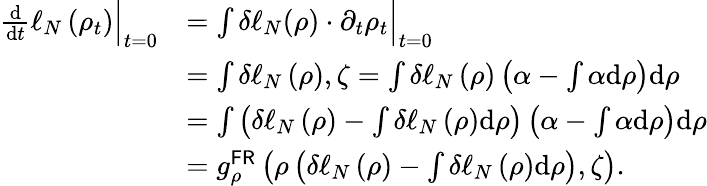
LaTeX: \begin{array}{rl}{\frac{\mathrm{d}}{\mathrm{d}t}\ell_{N}\left(\rho_{t}\right)\Big|_{t=0}}&{=\int\delta\ell_{N}(\rho)\cdot\partial_{t}\rho_{t}\Big|_{t=0}}\\ &{=\int\delta\ell_{N}\left(\rho\right),\zeta=\int\delta\ell_{N}\left(\rho\right)\left(\alpha-\int\alpha\mathrm{d}\rho\right)\mathrm{d}\rho}\\ &{=\int\left(\delta\ell_{N}\left(\rho\right)-\int\delta\ell_{N}\left(\rho\right)\mathrm{d}\rho\right)\left(\alpha-\int\alpha\mathrm{d}\rho\right)\mathrm{d}\rho}\\ &{=g_{\rho}^{\mathsf{FR}}\left(\rho\left(\delta\ell_{N}\left(\rho\right)-\int\delta\ell_{N}\left(\rho\right)\mathrm{d}\rho\right),\zeta\right).}\end{array}